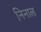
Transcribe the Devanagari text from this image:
निनाल